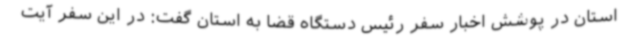
استان در پوشش اخبار سفر رئیس دستگاه قضا به استان گفت: در این سفر آیت